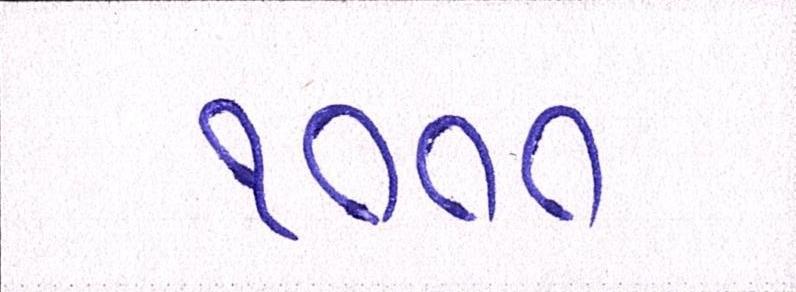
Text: ૧૦૦૦